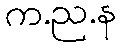
က.ည.န